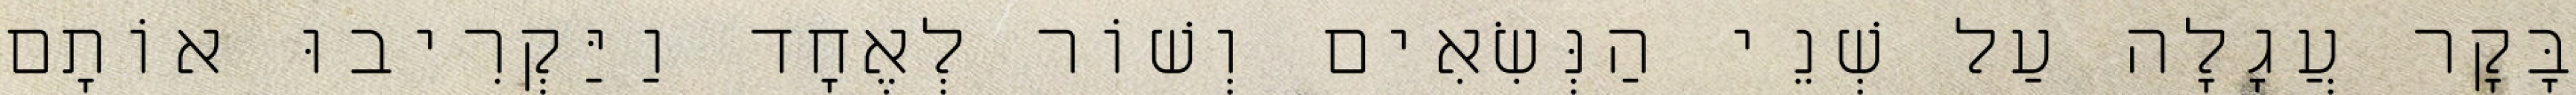
בָּקָר עֲגָלָה עַל שְׁנֵי הַנְּשִׂאִים וְשׁוֹר לְאֶחָד וַיַּקְרִיבוּ אוֹתָם